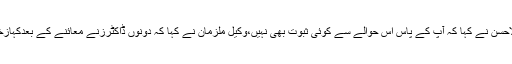
جسٹس اعجاز الاحسن نے کہا کہ آپ کے پاس اس حوالے سے کوئی ثبوت بھی نہیں،وکیل ملزمان نے کہا کہ دونوں ڈاکٹرزنے معائنے کے بعدکہازخم حادثاتی تھے۔